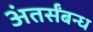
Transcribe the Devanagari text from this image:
अंतर्संबन्ध